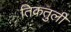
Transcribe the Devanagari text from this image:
तिकतुली